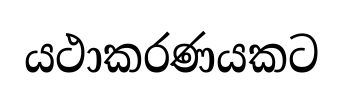
යථාකරණයකට